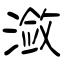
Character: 潋